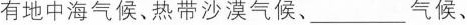
有地中海气候、热带沙漠气候、气候、